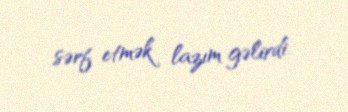
sərf etmək lazım gəlirdi.